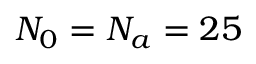
N _ { 0 } = N _ { a } = 2 5